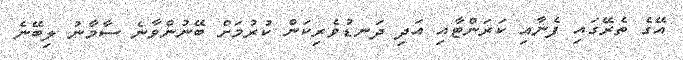
އޭގެ ތެރޭގައި ފެނާއި ކަރަންޓާއި އަދި ދަނޑުވެރިކަން ކުރުމަށް ބޭނުންވާނެ ސާމާނު ލިބޭނެ